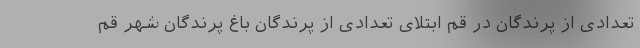
تعدادی از پرندگان در قم ابتلای تعدادی از پرندگان باغ پرندگان شهر قم